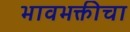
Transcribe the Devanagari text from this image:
भावभक्तीचा